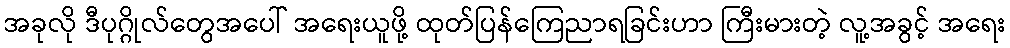
အခုလို ဒီပုဂ္ဂိုလ်တွေအပေါ် အရေးယူဖို့ ထုတ်ပြန်ကြေညာရခြင်းဟာ ကြီးမားတဲ့ လူ့အခွင့် အရေး